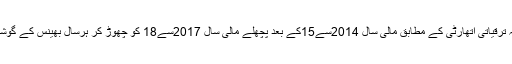
منسٹری آف کامرس اینڈ انڈسٹری کی متعلقہ ترقیاتی اتھارٹی کے مطابق مالی سال 2014سے15کے بعد پچھلے مالی سال 2017سے18 کو چھوڑ کر ہرسال بھینس کے گوشت کے ایکسپورٹ میں کمی درج ہوئی ہے۔